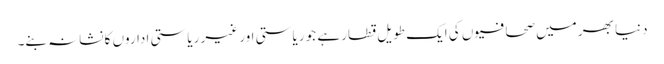
دنیا بھر میں صحافیوں کی ایک طویل قطار ہے جو ریاستی اور غیر ریاستی اداروں کا نشانہ بنے۔